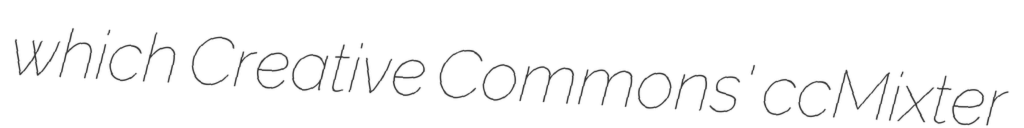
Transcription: which Creative Commons' ccMixter